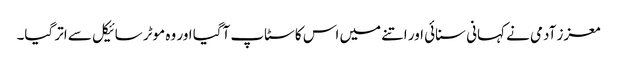
معزز آدمی نے کہانی سنائی اور اتنے میں اس کا سٹاپ آگیا اور وہ موٹر سائیکل سے اتر گیا۔